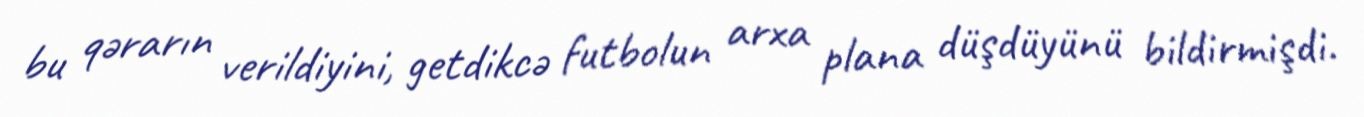
bu qərarın verildiyini, getdikcə futbolun arxa plana düşdüyünü bildirmişdi.